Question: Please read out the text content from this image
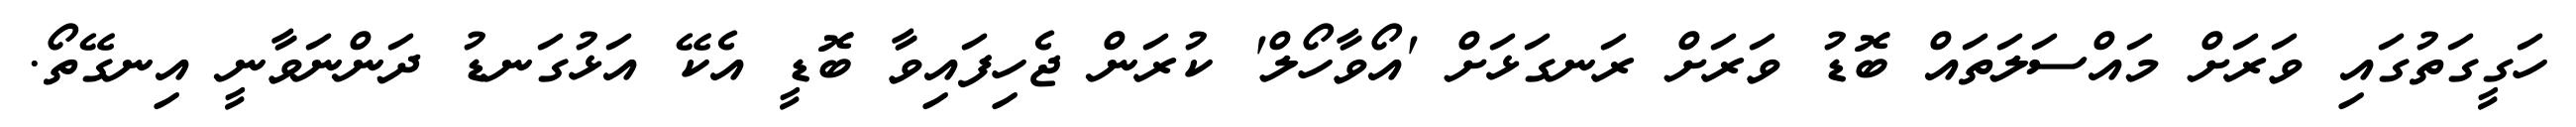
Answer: ހަގީގަތުގައި ވަރަށް މައްސަލަތައް ބޮޑު ވަރަށް ރަނގަޅަށް 'އޯވާހޯލް' ކުރަން ޖެހިފައިވާ ބޮޑީ އެކޭ އަޅުގަނޑު ދަންނަވާނީ އިނގޭތޯ.